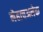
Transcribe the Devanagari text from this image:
नेहाचअनेक